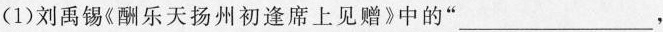
(1)刘禹锡《酬乐天扬州初逢席上见赠》中的”___，